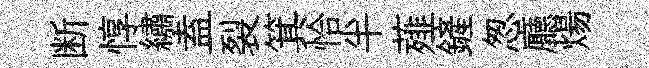
断惇繡盍裂箕恰半薤鏟怱廳煬